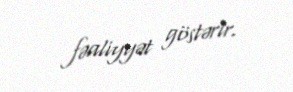
fəaliyyət göstərir.